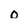
Character: O